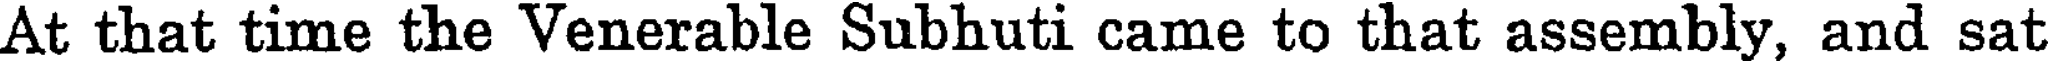
At that time the Venerable Subhuti came to that assembly, and sat